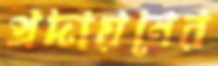
প্রদায়নের